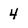
Character: 4